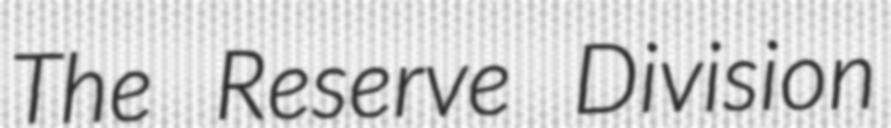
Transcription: The Reserve Division